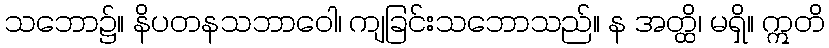
သဘော၌။ နိပတနသဘာဝေါ၊ ကျခြင်းသဘောသည်။ န အတ္ထိ၊ မရှိ။ ဣတိ